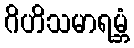
ဂိဟိသမာရမ္ဘံ